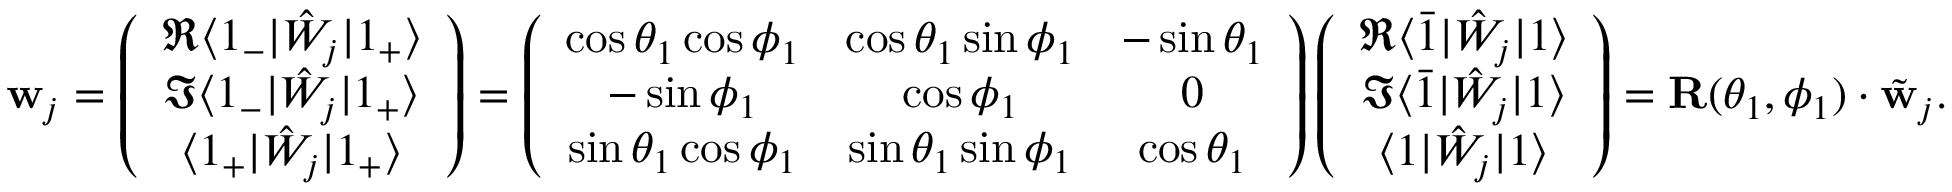
\mathbf { w } _ { j } = \left( \begin{array} { c } { \Re \langle 1 _ { - } | \hat { W } _ { j } | 1 _ { + } \rangle } \\ { \Im \langle 1 _ { - } | \hat { W } _ { j } | 1 _ { + } \rangle } \\ { \langle 1 _ { + } | \hat { W } _ { j } | 1 _ { + } \rangle } \end{array} \right) = \left( \begin{array} { c c c } { \cos \theta _ { 1 } \cos \phi _ { 1 } } & { \cos \theta _ { 1 } \sin \phi _ { 1 } } & { - \sin \theta _ { 1 } } \\ { - \sin \phi _ { 1 } } & { \cos \phi _ { 1 } } & { 0 } \\ { \sin \theta _ { 1 } \cos \phi _ { 1 } } & { \sin \theta _ { 1 } \sin \phi _ { 1 } } & { \cos \theta _ { 1 } } \end{array} \right) \left( \begin{array} { c } { \Re \langle \bar { 1 } | \hat { W } _ { j } | 1 \rangle } \\ { \Im \langle \bar { 1 } | \hat { W } _ { j } | 1 \rangle } \\ { \langle 1 | \hat { W } _ { j } | 1 \rangle } \end{array} \right) = \mathbf { R } ( \theta _ { 1 } , \phi _ { 1 } ) \cdot \tilde { \mathbf { w } } _ { j } .